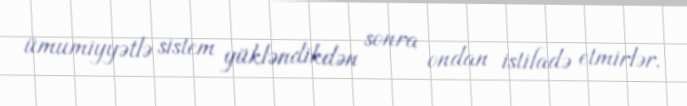
ümumiyyətlə sistem yükləndikdən sonra ondan istifadə etmirlər.